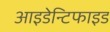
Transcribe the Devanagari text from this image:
आइडेन्टिफाइड